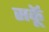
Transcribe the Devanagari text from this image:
सकॅू